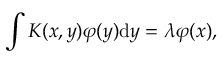
\int K ( x , y ) \varphi ( y ) \mathrm { d } y = \lambda \varphi ( x ) ,